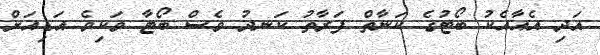
އަދި އެއާއެކު ބޯޓުގެ ކަނާތް ފަރާތު ކަނދު ވެސް ބޯޓާ ވަކިވެ އަޑިއަށް